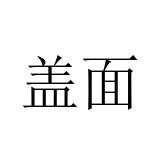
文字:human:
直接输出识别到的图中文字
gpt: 盖面